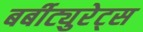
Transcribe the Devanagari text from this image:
बर्बीट्युरेट्स